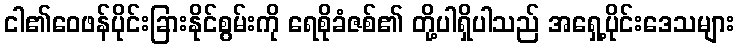
ငါ၏ဝေဖန်ပိုင်းခြားနိုင်စွမ်းကို ရေစိုခံဇစ်၏ တို့ပါရှိပါသည် အရှေ့ပိုင်းဒေသများ